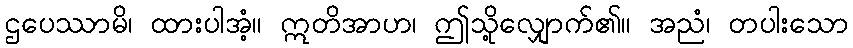
ဌပေဿာမိ၊ ထားပါအံ့။ ဣတိအာဟ၊ ဤသို့လျှောက်၏။ အညံ၊ တပါးသော